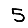
Digit: 5